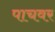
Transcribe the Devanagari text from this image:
पाचवर